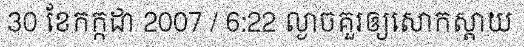
30 ខែកក្កដា 2007 / 6:22 ល្ងាចគួរឲ្យសោកស្តាយ